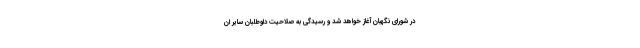
در شورای نگهبان آغاز خواهد شد و رسیدگی به صلاحیت داوطلبان سایر ان